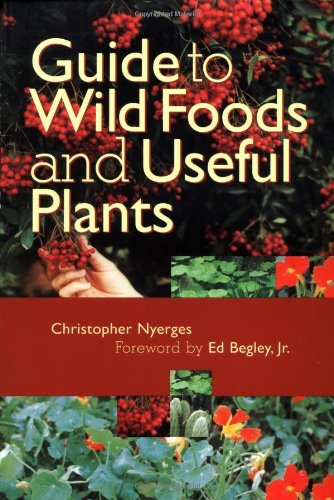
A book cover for Guide to Wild Foods and Useful Plants; Christopher Nyerges; Cookbooks, Food & Wine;